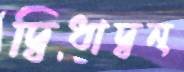
দ্বিধাদ্বন্